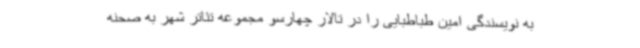
به نویسندگی امین طباطبایی را در تالار چهارسو مجموعه تئاتر شهر به صحنه